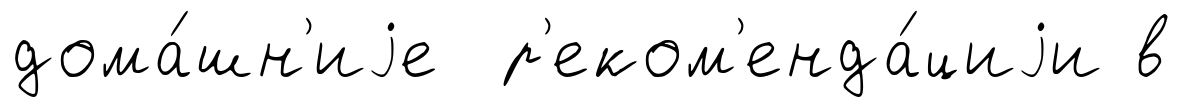
дома́шн'иjе р'еком'енда́циjи в